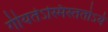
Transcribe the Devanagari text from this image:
गीयतेऽस्मिंस्ततोऽयं